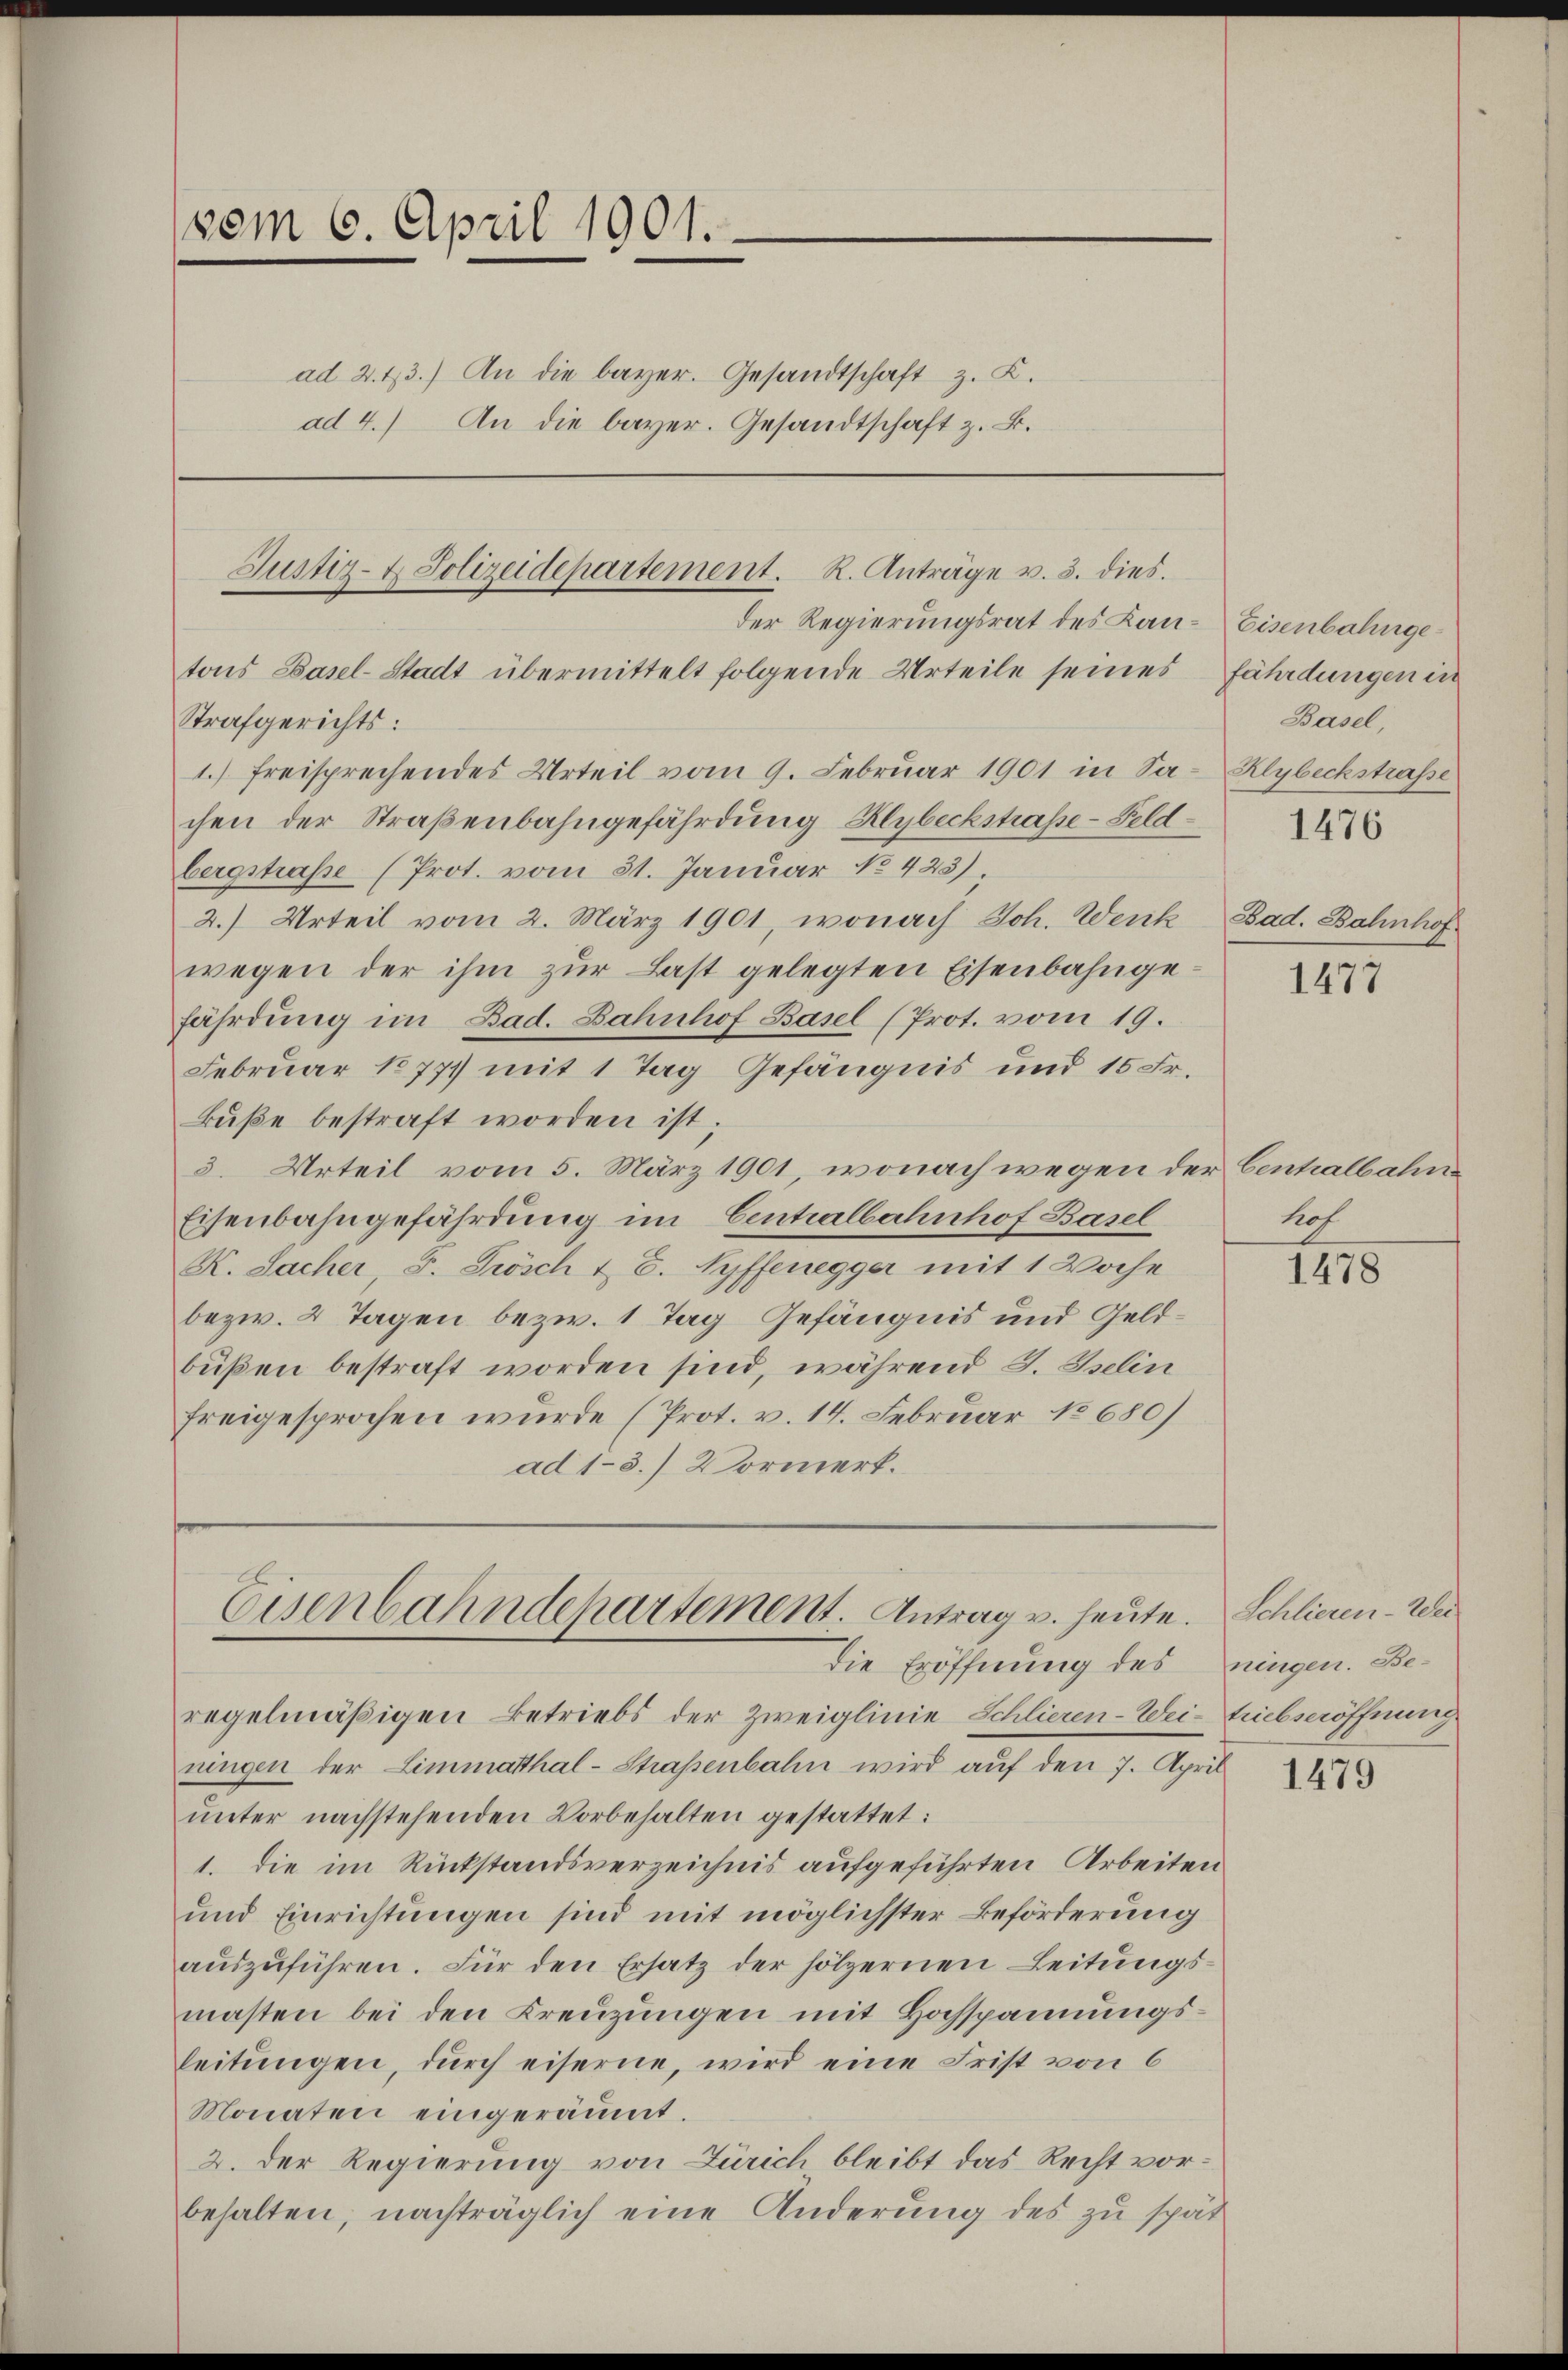
vom 6. April 1901.
ad 2. 43.) An die bayer. Gesandtschaft z. K.
ad 4.) An die bayer. Gesandtschaft z. B.

tons Basel-Stadt übermittelt folgende Urteile seines
Strafgerichts:
1.) Freisprechendes Urteil vom 9. Februar 1901 in Sa-Klybeckstraße
chen der Straßenbahngefährdung Klybeckstraße - Feldbergstraße (Prot. vom 31. Januar No 423)
2.) Urteil vom 2. März 1901, wonach Joh. Wenk
wegen der ihm zur Last gelegten Eisenbahngefährdung im Bad. Bahnhof Basel (Prot. vom 19.
Februar 18771 mit 1 Tag Gefängnis und 15 Fr.
Buße bestraft worden ist;
3. Urteil vom 5. März 1901, wonach wegen der Cenhalbahn
Eisenbahngefährdung im Centralbahnhof Basel
K. Sacher, S. Frösch & E. Ryffenegger mit 1 Woche
bezw. 2 Tagen bezw. 1 Tag Gefängnis und Geldbüßen bestraft worden sind, während S. Iselin
freigesprochen wurde (Prot. v. 14. Februar 18680)
ad 1-3.) Vormerk.

Justiz- & Polizeidepartement. R. Anträge v. 3. dies.
der Regierungsrat des Kan¬

Eisenbahndepartement. Antrag u. heute. Schliesen-Wer
Die Eröffnung des ningen. Be¬

regelmäßigen Betriebs der Zweiglinie Schlieren-Wei- Einbseröffnung
ningen der Limmatthal-Straßenbahn wird auf den 7. April
ŭnter nachstehenden Vorbehalten gestattet:
1. die im Rückstandsverzeichnis aufgeführten Arbeiten
und Einrichtungen sind mit möglichster Beförderung
aŭszŭführen. Für den Ersatz der hölzernen Leitungsmasten bei den Kreuzungen mit Hochspannungsleitungen, durch eiserne, wird eine Frist von 6
Monaten eingeräumt.
2. Der Regierung von Zürich, bleibt das Recht vorbehalten, nachträglich eine Änderung des zu spät

Eisenbahngefährdungen in
Basel,
1476
Bad. Bahnhof

1477

hof

1478

1479